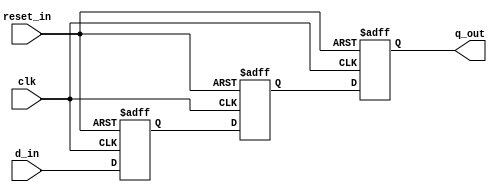
`timescale 1ns / 1ps
//////////////////////////////////////////////////////////////////////////////////
// Company: 
// Engineer: 
// 
// Design Name: 
// Module Name: lab27_NBA_DFF
// Project Name: 
// Target Devices: 
// Tool Versions: 
// Description: 
// 
// Dependencies: 
// 
// Revision:
// Revision 0.01 - File Created
// Additional Comments:
// 
//////////////////////////////////////////////////////////////////////////////////


module lab27_NBA_DFF(
                    input d_in,
                    input clk,
                    input reset_in,
                    output reg q_out
                    );

reg y1, y2;

always @(posedge clk or negedge reset_in)
begin
    if(!reset_in)
    begin
        y1 <= 1'b0;
        y2 <= 1'b0;
        q_out <= 1'b0;
    end
    else
    begin
        y1 <= d_in;
        y2 <= y1;
        q_out <= y2;
    end
end

endmodule